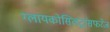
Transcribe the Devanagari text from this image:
ग्लायकोसिलट्रांसफरेज